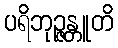
ပရိဘုဉ္ဇန္တူတိ